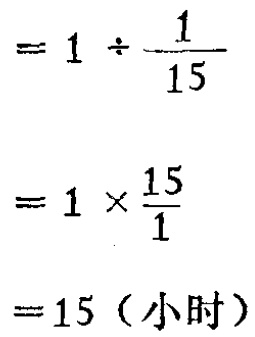
\[

\begin{align*}

&=1\div\frac{1}{15}\\

&=1\times\frac{15}{1}\\

&= 15 (\text{小时})

\end{align*}

\]